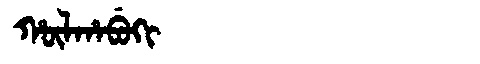
Manchu: ᡥᡡᠯᡥᠠᠪᡠᡴᡳ
Romanization: HŪLHABUKI